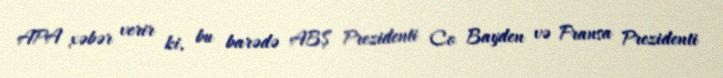
APA xəbər verir ki, bu barədə ABŞ Prezidenti Co Bayden və Fransa Prezidenti